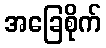
အခြေစိုက်